Lunatic asylums in Bengal annual reports 1899-1911 - 1899-1911
Year: 1899
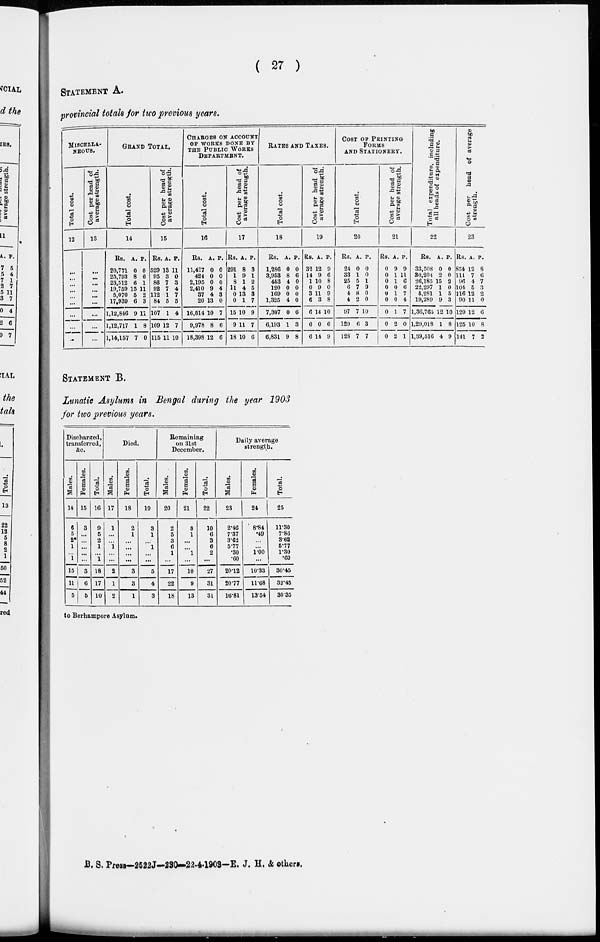
( 27 )
STATEMENT A.
provincial totals for two previous years.
MISCELLA-
NEOUS.
Total cost.
12
...
...
...
...
...
...
...
...
...
Cost per head of
average strength.
13
...
...
...
...
...
...
...
...
...
GRAND TOTAL.
Total cost.
14
Rs.
20,771
25,793
23,512
10,759
5,070
17,939
1,12,846
1,12,717
1,14,167
A.
0
8
6
15
5
6
9
1
7
P.
0
6
1
11
2
3
11
8
0
Cost per head of
average strength.
15
Rs
529
95
86
92
112
84
107
109
115
A.
13
3
7
7
1
5
1
12
11
P.
11
0
3
4
7
5
4
7
10
CHARGES ON ACCOUNT
OF WORKS DONE BY
THE PUBLIC WORKS
DEPARTMENT.
Total cost.
16
Rs.
11,427
424
2,195
2,410
37
20
16,514
9,978
18,398
A.
0
0
0
9
4
13
10
8
12
P.
0
0
0
4
3
0
7
6
6
Cost per head of
average strength.
17
Rs
291
1
8
11
0
0
15
9
18
A.
8
9
1
4
13
1
10
11
10
P.
3
1
2
5
3
7
9
7
6
RATES AND TAXES.
Total cost.
18
Rs.
1,280
3,953
453
120
169
1,325
7,307
6,193
6,831
A.
0
8
4
0
0
4
0
1
9
P.
0
6
0
0
0
0
6
3
8
Cost per head of
average strength.
19
Rs.
32
14
1
0
3
6
6
6
6
A.
12
9
10
9
11
3
14
0
14
P.
9
6
8
0
9
8
10
6
9
COST OF PRINTING
FORMS
AND STATIONERY.
Total cost.
20
Rs.
24
33
25
6
4
4
97
129
128
A.
0
1
5
7
8
2
7
6
7
P.
0
0
1
9
0
0
10
3
7
Cost per head of
average strength.
21
Rs.
0
0
0
0
0
0
0
0
0
A.
9
1
1
0
1
0
1
2
2
P.
9
11
6
6
7
4
7
0
1
Total expenditure, including
all heads of expenditure.
22
Rs.
33,508
30,204
26,185
22,297
5,281
19,289
1,36,765
1,29,018
1,39,516
A.
0
2
15
1
1
9
P.
0
0
2
0
5
3
12 10
1
4
8
9
Cost per head of average
strength.
23
Rs.
854
111
96
104
116
90
129
125
141
A.
12
7
4
5
12
11
12
10
7
P.
8
6
7
3
2
0
6
8
2
STATEMENT B.
Lunatic Asylums in Bengal during the year 1903
for two previous years.
Discharged,
transferred,
&c.
Males.
14
6
5
2*
1
...
1
15
11
5
Females.
15
3
...
...
...
...
...
3
6
5
Total.
16
9
5
2
1
...
1
18
17
10
Died.
Males.
17
1
...
...
1
...
...
2
1
2
Females.
18
2
1
...
...
...
...
3
3
1
Total.
19
3
1
...
1
...
...
5
4
3
Remaining
on 31st
December.
Males.
20
2
6
3
6
1
...
17
22
18
Females.
21
8
1
...
...
1
...
10
9
13
Total.
22
10
6
3
6
2
...
27
31
31
Daily average
strength.
Males.
23
2.46
7.37
3.62
5.77
.30
.60
20.12
20.77
16.81
Females.
24
8.84
.49
...
...
1.00
...
10.33
11.68
13.54
Total.
25
11.30
7.80
3.62
5.77
1.30
.60
30.45
32.45
30.35
to Berhampore Asylum.
B. S. Press—2522J—230—22-4-1903—E. J. H. & others.